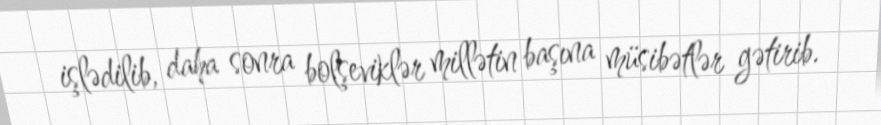
işlədilib, daha sonra bolşeviklər millətin başına müsibətlər gətirib.